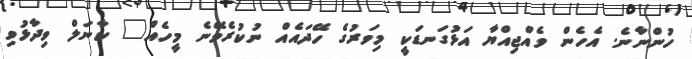
ހުންނާނެ. އެހެން ވެއްޖިއްޔާ އަޅުގަނޑަކީ މިވަރުގެ ހޭދައެއް ނުކުރެވޭނެ މީހެއް" ކާނަލް ވިދާޅުވި